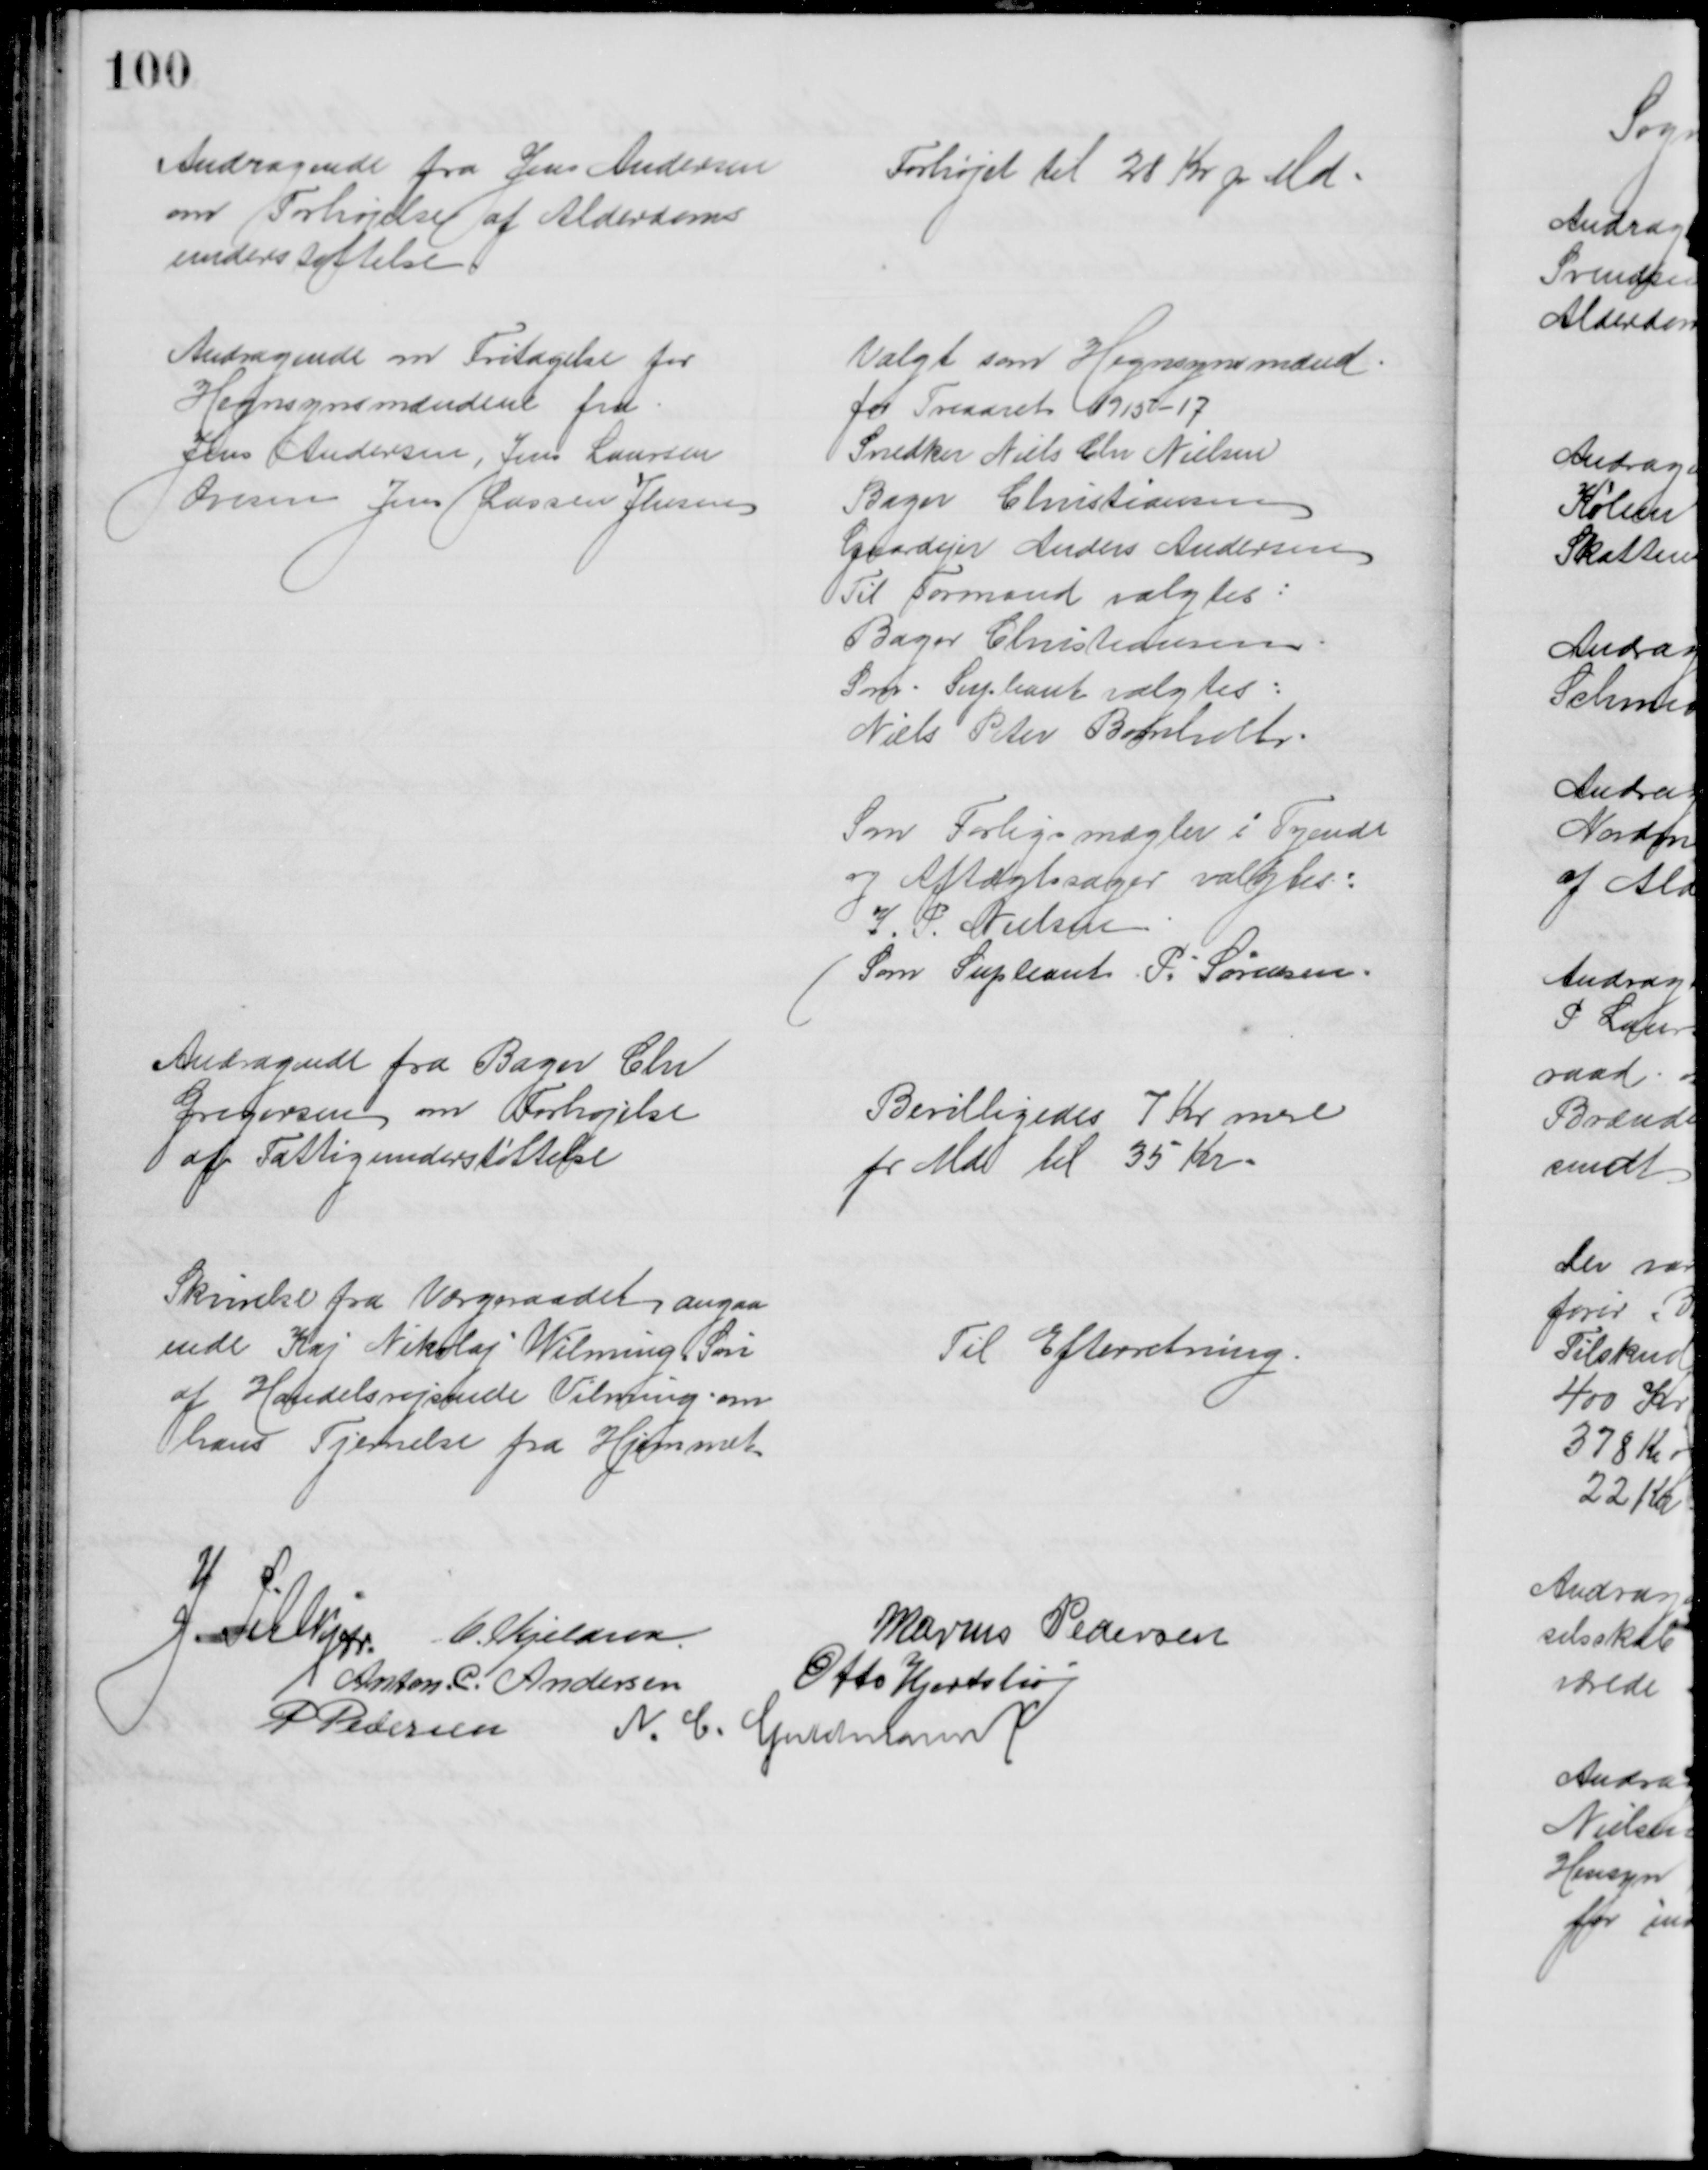
Transskription:
Andragende fra Jens Andersen
om Forhøjelse af Alderdoms
understøttelse
Forhøjet til 28 Kr pr M
Andragende om Fritagelse for
Hegnsynsmændene fra
Jens Andersen, Jens Laursen
Ovesen Jens Lassen Jensen
Valgt som Hegnsynsmænd
for Treaaret 1915 -17
Snedker Niels Chr Nielsen
Bager Christiansen
Gaardejer Anders Andersen
Til Formand valgtes:
Bager Christiansen
Som. Supleant valgtes:
Niels Peter Bomholt
Som Forligsmægler i Tyende
og Aftægtssager valgtes:
J. P. Nielsen
Som Supleant P. Sørensen
Andragende fra Bager Chr
Gregersen om Forhøjelse
af Fattigunderstøttelse
Bevilligedes 7 Kr mere
pr Md til 35 Kr
Skrivelse fra Værgeraadet angaa
ende Kaj Nikolaj Wilming Søn
af Handelsrejsende Vilming om
hans Fjernelse fra Hjemmet
Til Efterretning
J. Pihlkjær
C. Kjeldsen
Marius Pedersen
 Anton. C. Andersen
Otto Hjortshøj
P Pedersen 
N. C. Guldmann